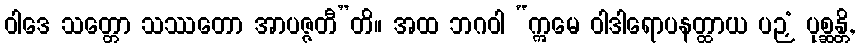
ဝါဒေ သတ္တော သဿတော အာပဇ္ဇတီ”တိ။ အထ ဘဂဝါ “ဣမေ ဝါဒါရောပနတ္ထာယ ပဉှံ ပုစ္ဆန္တိ,